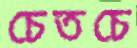
চেতচে